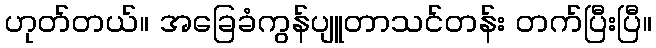
ဟုတ်တယ်။ အခြေခံကွန်ပျူတာသင်တန်း တက်ပြီးပြီ။